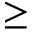
\geq